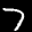
Label: 7